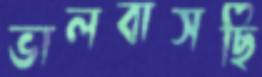
ভালবাসছি